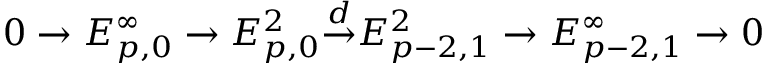
0 \to E _ { p , 0 } ^ { \infty } \to E _ { p , 0 } ^ { 2 } { \overset { d } { \to } } E _ { p - 2 , 1 } ^ { 2 } \to E _ { p - 2 , 1 } ^ { \infty } \to 0